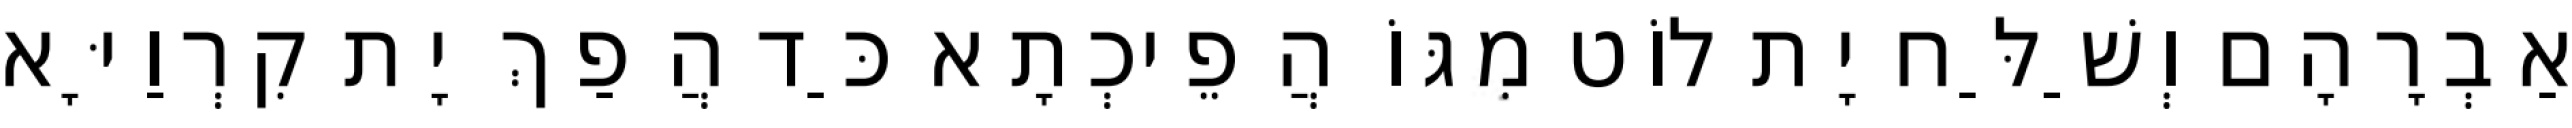
אַבְרָהָם וְשַׁלַּח יָת לוֹט מִגּוֹ הֲפֵיכְתָא כַּד הֲפַךְ יָת קִרְוַיָּא